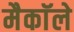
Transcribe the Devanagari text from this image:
मैकाॅले